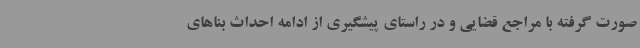
صورت گرفته با مراجع قضایی و در راستای پیشگیری از ادامه احداث بناهای